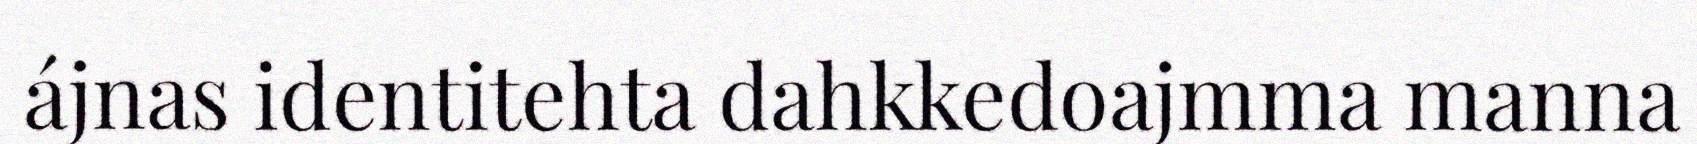
ájnas identitehta dahkkedoajmma manna